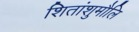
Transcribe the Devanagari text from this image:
शितांशुमौलि